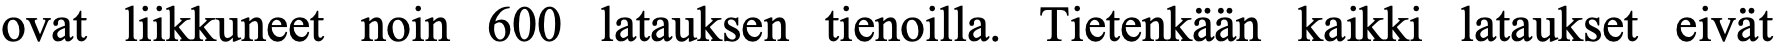
ovat liikkuneet noin 600 latauksen tienoilla. Tietenkään kaikki lataukset eivät